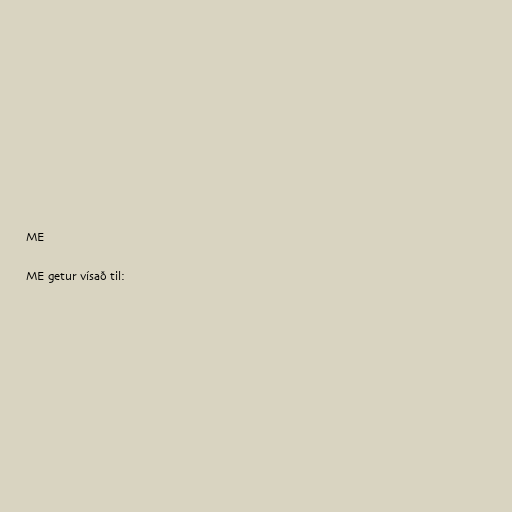
ME

ME getur vísað til: